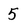
Character: 5